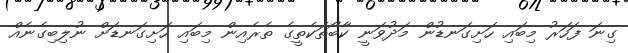
ގިނަ ފަހަރު މިބައި ހަށިގަނޑުން މަދުވަނީ ކާބޯތަކެތީގެ ތެރެއިން މިބައި ހަށިގަނޑަށް ނުލިބިގެނެއް